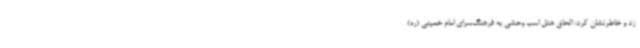
زد و خاطرنشان کرد: الحاق هتل اسب وحشی به فرهنگ‌سرای امام خمینی (ره)